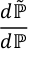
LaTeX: \frac { d { \tilde { \mathbb { P } } } } { d \mathbb { P } }